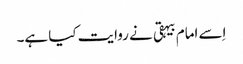
اِسے امام بیہقی نے روایت کیا ہے۔